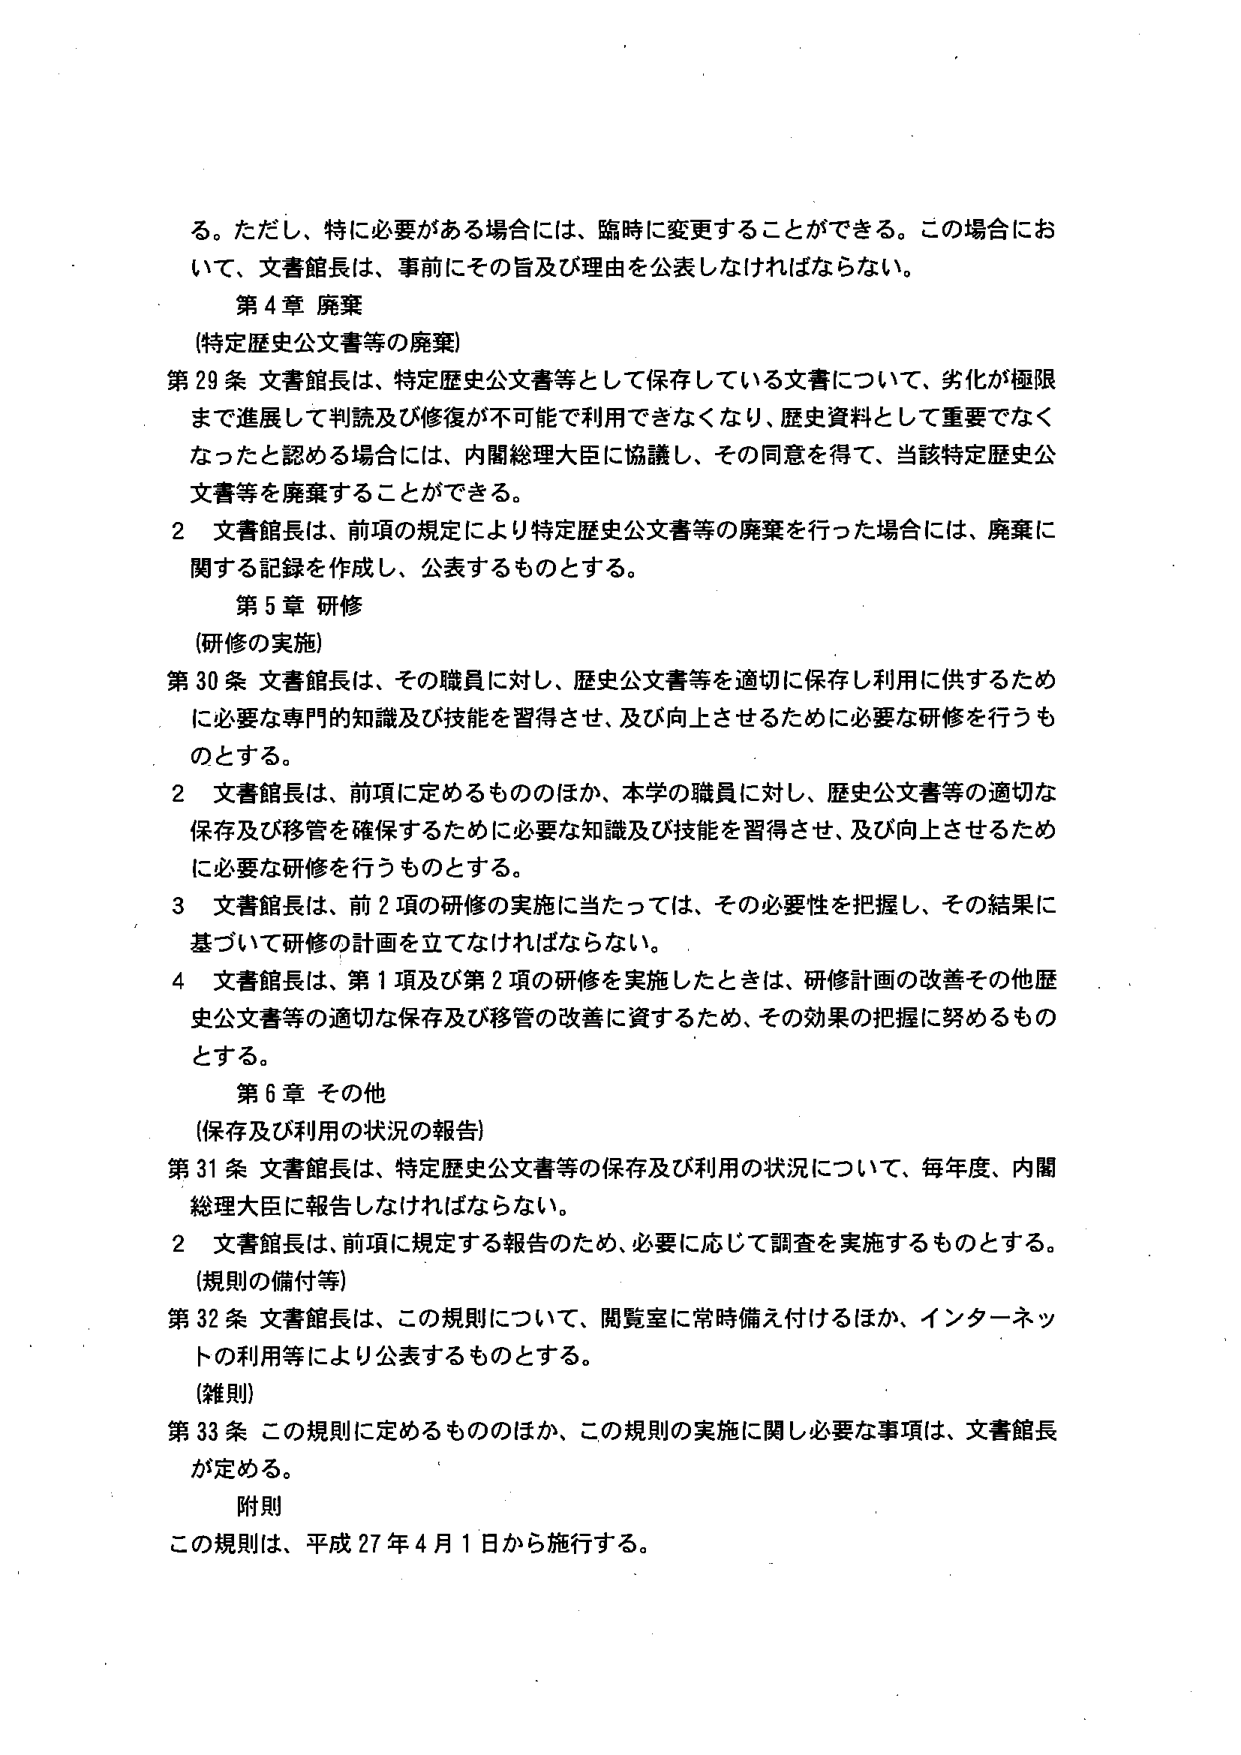
る。ただし、特に必要がある場合には、臨時に変更することができる。この場合において、文書館長は、事前にその旨及び理由を公表しなければならない。

第４章 廃棄
（特定歴史公文書等の廃棄）
第29条 文書館長は、特定歴史公文書等として保存している文書について、劣化が極限まで進展して判読及び修復が不可能で利用できなくなり、歴史資料として重要でなくなったと認める場合には、内閣総理大臣に協議し、その同意を得て、当該特定歴史公文書等を廃棄することができる。
2 文書館長は、前項の規定により特定歴史公文書等の廃棄を行った場合には、廃棄に関する記録を作成し、公表するものとする。

第５章 研修
（研修の実施）
第30条 文書館長は、その職員に対し、歴史公文書等を適切に保存し利用に供するために必要な専門的知識及び技能を習得させ、及び向上させるために必要な研修を行うものとする。
2 文書館長は、前項に定めるもののほか、本学の職員に対し、歴史公文書等の適切な保存及び移管を確保するために必要な知識及び技能を習得させ、及び向上させるために必要な研修を行うものとする。
3 文書館長は、前2項の研修の実施に当たっては、その必要性を把握し、その結果に基づいて研修の計画を立てなければならない。
4 文書館長は、第1項及び第2項の研修を実施したときは、研修計画の改善その他歴史公文書等の適切な保存及び移管の改善に資するため、その効果の把握に努めるものとする。

第６章 その他
（保存及び利用の状況の報告）
第31条 文書館長は、特定歴史公文書等の保存及び利用の状況について、毎年度、内閣総理大臣に報告しなければならない。
2 文書館長は、前項に規定する報告のため、必要に応じて調査を実施するものとする。
（規則の備付等）
第32条 文書館長は、この規則について、閲覧室に常時備え付けるほか、インターネットの利用等により公表するものとする。
（雑則）
第33条 この規則に定めるもののほか、この規則の実施に関し必要な事項は、文書館長が定める。

附則
この規則は、平成27年4月1日から施行する。